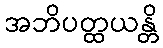
အဘိပတ္ထယန္တိ